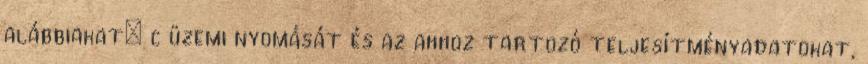
alábbiakat: c üzemi nyomását és az ahhoz tartozó teljesítményadatokat,